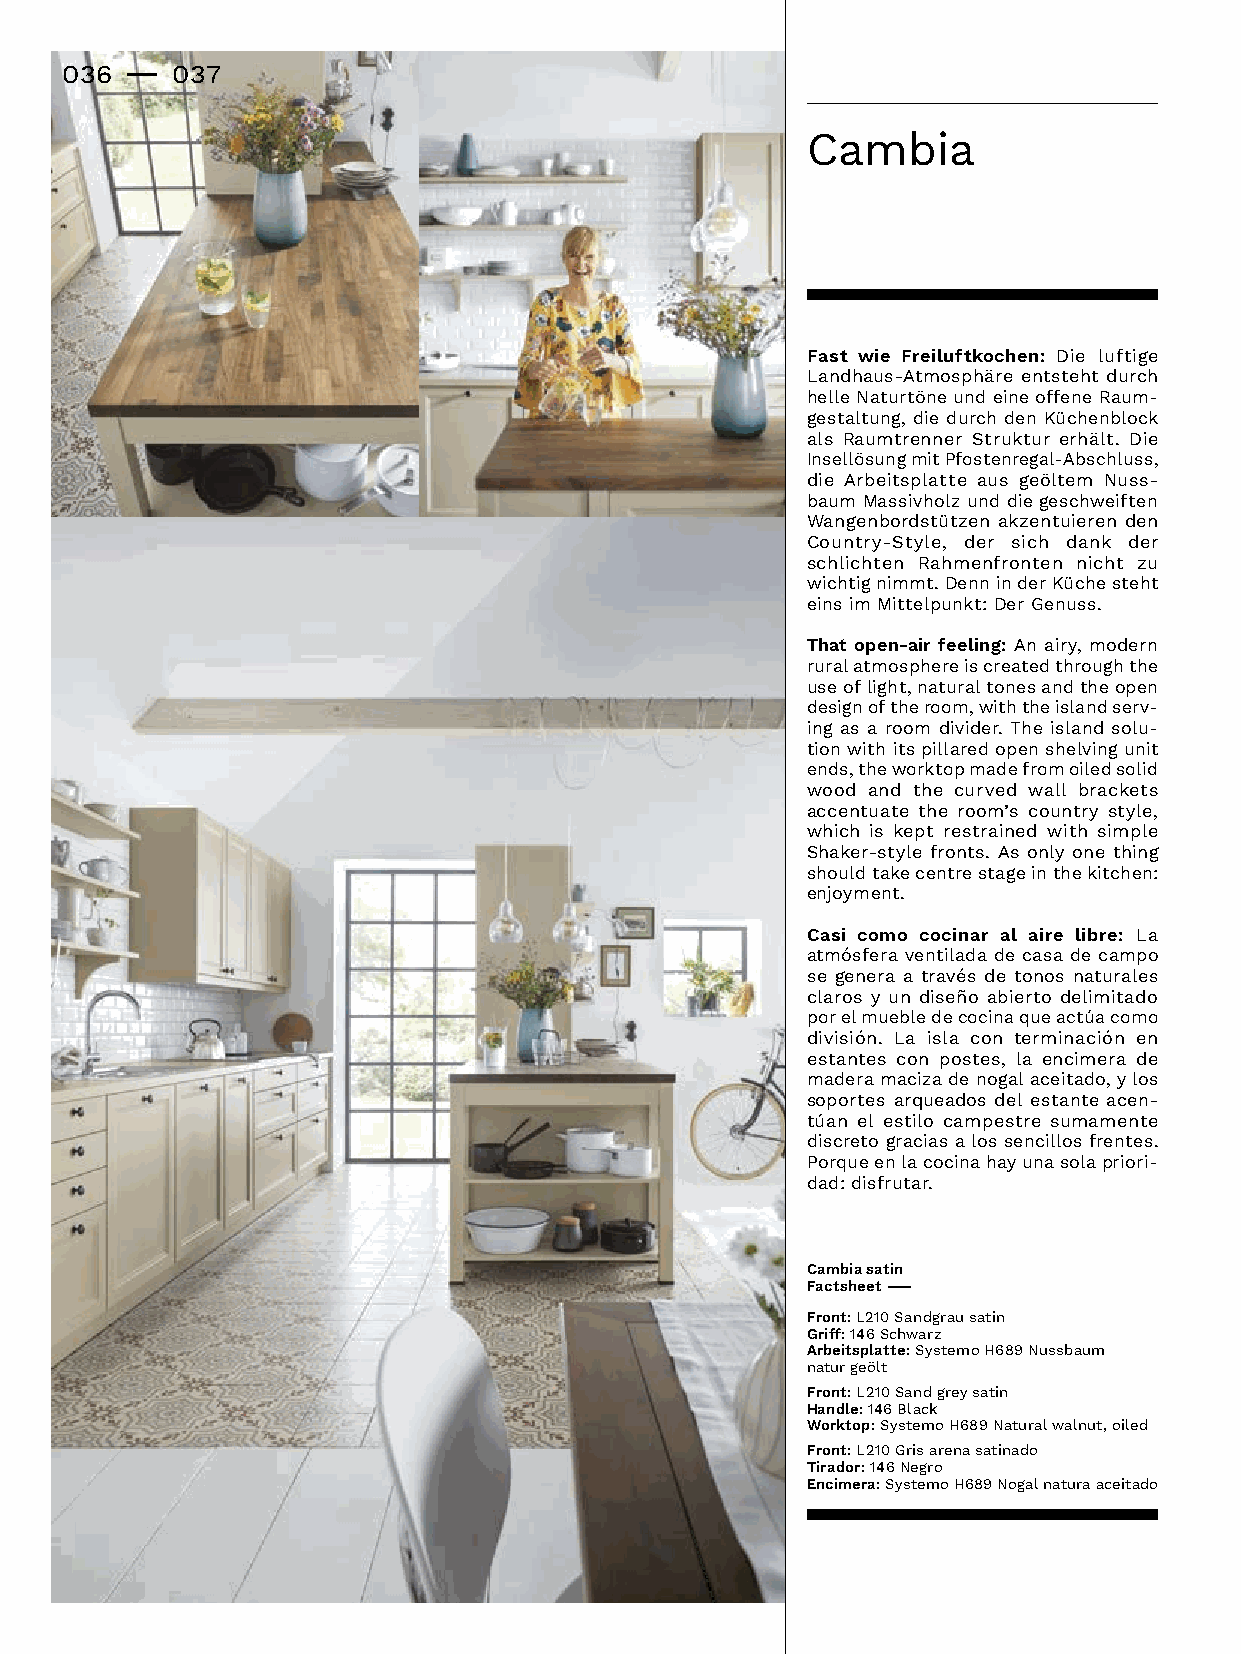
036 -  037
 Cambia
 Fast wie Freiluftkochen: Die luftige
 Landhaus-Atmosphäre entsteht durch
 helleNaturtöneundeineoffeneRaum-
 gestaltung,diedurchdenKüchenblock
 alsRaumtrennerStrukturerhält.Die
 InsellösungmitPfostenregal-Abschluss,
 dieArbeitsplatteausgeöltemNuss-
 baumMassivholzunddiegeschweiften
 Wangenbordstützenakzentuierenden
 Country-Style, der sich dank der
 schlichten Rahmenfronten nicht zu
 wichtignimmt.DenninderKüchesteht
 einsimMittelpunkt:DerGenuss.
 That open-air feeling:Anairy,modern
 rural atmosphere is created through the
 useoflight,naturaltonesandtheopen
 designoftheroom,withtheislandserv-
 ingasaroomdivider.Theislandsolu-
 tion with its pillared open shelving unit
 ends,theworktopmadefromoiledsolid
 woodandthecurvedwallbrackets
 accentuatetheroom’scountrystyle,
 which is kept restrained with simple
 Shaker-stylefronts.Asonlyonething
 shouldtakecentrestageinthekitchen:
 enjoyment.
 Casi como cocinar al aire libre: La
 atmósferaventiladadecasadecampo
 segeneraatravésdetonosnaturales
 clarosyundiseñoabiertodelimitado
 porelmuebledecocinaqueactúacomo
 división.Laislaconterminaciónen
 estantesconpostes,laencimerade
 maderamacizadenogalaceitado,ylos
 soportes arqueados del estante acen-
 túanelestilocampestresumamente
 discretograciasalossencillosfrentes.
 Porqueenlacocinahayunasolapriori-
 dad:disfrutar.
 Cambia satin
 Factsheet –
 Front: L210 Sandgrau satin
 Griff:146Schwarz
 Arbeitsplatte:SystemoH689Nussbaum
 natur geölt
 Front:L210Sandgreysatin
 Handle: 146 Black
 Worktop:SystemoH689Naturalwalnut,oiled
 Front: L210 Gris arena satinado
 Tirador:146Negro
 Encimera:SystemoH689Nogalnaturaaceitado